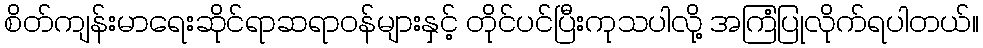
စိတ်ကျန်းမာရေးဆိုင်ရာဆရာဝန်များနှင့် တိုင်ပင်ပြီးကုသပါလို့ အကြံပြုလိုက်ရပါတယ်။